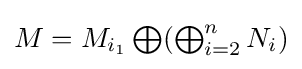
{\textstyle M=M_{i_{1}}\bigoplus (\bigoplus _{i=2}^{n}N_{i})}